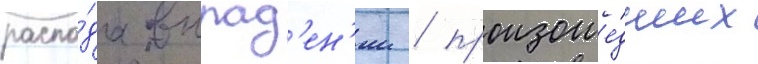
распа́да выпад'ен'ии / произоше́дших